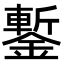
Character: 鏨